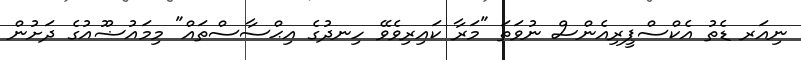
ނިއަރ ޑެތު އެކްސްޕީރިއެންސް ނުވަތަ "މަރާ ކައިރިވެވޭ ހިނދުގެ އިޙްސާސްތައް" މިމައުޟޫއުގެ ދަށުން